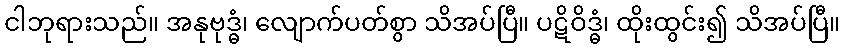
ငါဘုရားသည်။ အနုဗုဒ္ဓံ၊ လျောက်ပတ်စွာ သိအပ်ပြီ။ ပဋိဝိဒ္ဓံ၊ ထိုးထွင်း၍ သိအပ်ပြီ။